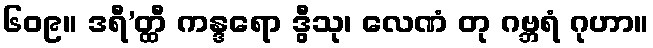
၆၀၉။ ဒရီ’တ္ထီ ကန္ဒရော ဒွီသု၊ လေဏံ တု ဂဗ္ဘရံ ဂုဟာ။